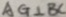
A G \bot B C